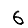
Digit: 6